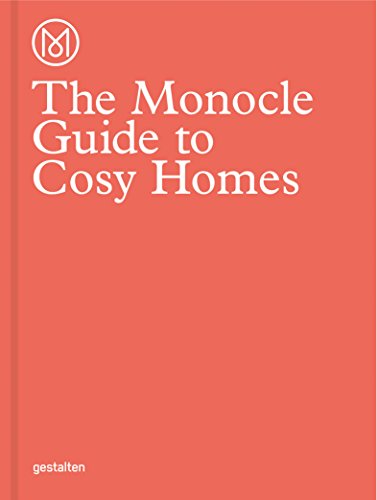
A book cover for The Monocle Guide to Cosy Homes (Monocle Book Collection); Monocle; Crafts, Hobbies & Home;